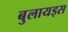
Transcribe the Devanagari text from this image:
बुलायड्स